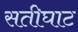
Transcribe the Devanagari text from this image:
सतीघाट